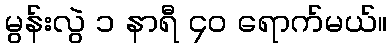
မွန်းလွဲ ၁ နာရီ ၄၀ ရောက်မယ်။